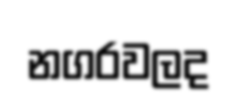
නගරවලද